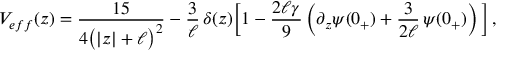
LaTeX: V _ { e f f } ( z ) = \frac { 1 5 } { 4 \big ( | z | + \ell \big ) ^ { 2 } } - \frac { 3 } { \ell } \, \delta ( z ) \bigg [ 1 - \frac { 2 \ell \gamma } { 9 } \left( \partial _ { z } \psi ( 0 _ { + } ) + \frac { 3 } { 2 \ell } \, \psi ( 0 _ { + } ) \right) \bigg ] \, ,